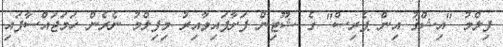
ފިލްމު "އިޝްޤު އިން ޕެރިސް" ގެ ޝޫޓިން ފަށާފައިވާއިރު މިފިލްމު ނެރެން ހަމަޖައްސާފައި